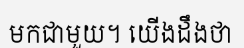
មកជាមួយ។ យើងដឹងថា